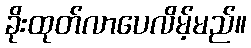
ခိုးထုတ်လာပေလိမ့်မည်။